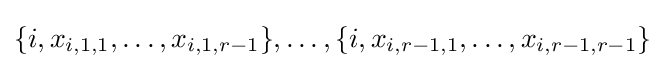
\{i,x_{i,1,1},\ldots ,x_{i,1,r-1}\},\ldots ,\{i,x_{i,r-1,1},\ldots ,x_{i,r-1,r-1}\}